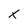
Character: X